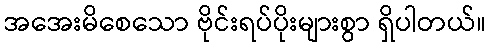
အအေးမိစေသော ဗိုင်းရပ်ပိုးများစွာ ရှိပါတယ်။